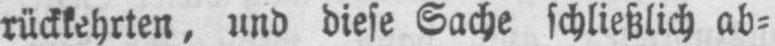
rückkehrten, und diese Sache schließlich ab⸗